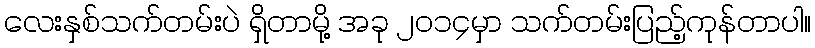
လေးနှစ်သက်တမ်းပဲ ရှိတာမို့ အခု ၂၀၁၄မှာ သက်တမ်းပြည့်ကုန်တာပါ။